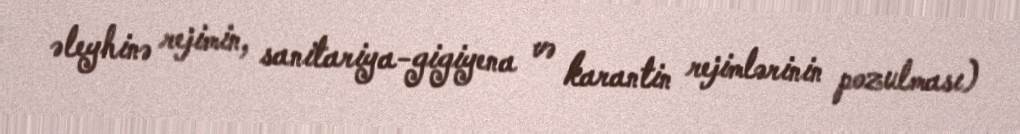
əleyhinə rejimin, sanitariya-gigiyena və karantin rejimlərinin pozulması)